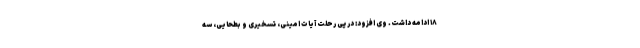
۱۸ ادامه داشت. وی افزود: در پی رحلت آیات امینی، تسخیری و بطحایی، سه